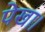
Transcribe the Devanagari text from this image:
पेखा।